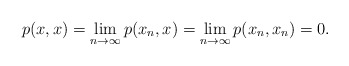
\begin{align*}p(x,x)=\lim_{n\to\infty}p(x_n,x)=\lim_{n\to\infty}p(x_n,x_n)=0.\end{align*}